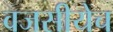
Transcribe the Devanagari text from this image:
वजसीयेच